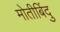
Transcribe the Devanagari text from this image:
मोतीबिंदु